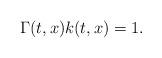
LaTeX: \begin{align*} \Gamma(t,x)k(t,x) = 1.\end{align*}